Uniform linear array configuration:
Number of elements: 24
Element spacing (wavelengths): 1
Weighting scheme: hamming
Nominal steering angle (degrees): -15
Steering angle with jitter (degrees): -15.709
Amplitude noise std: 0.05
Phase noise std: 0.05

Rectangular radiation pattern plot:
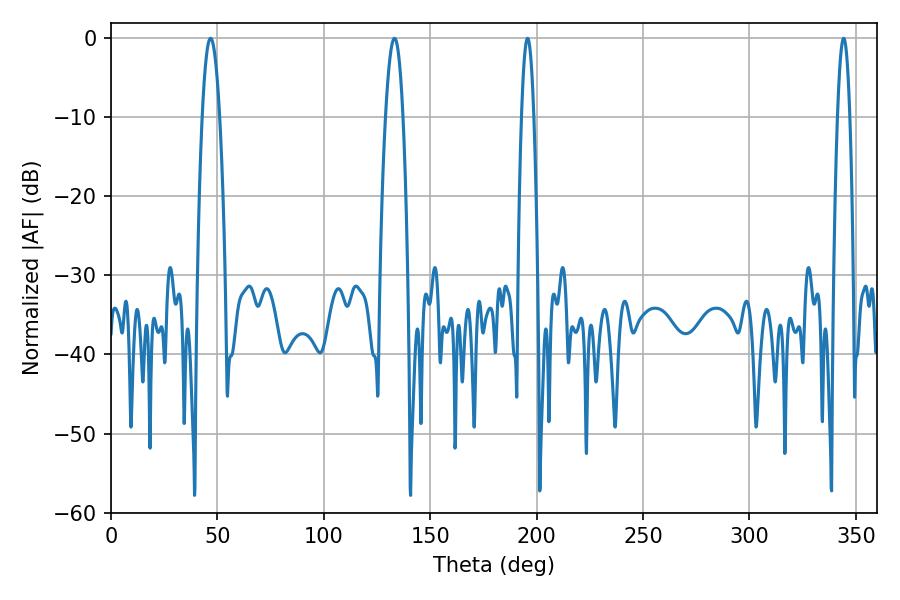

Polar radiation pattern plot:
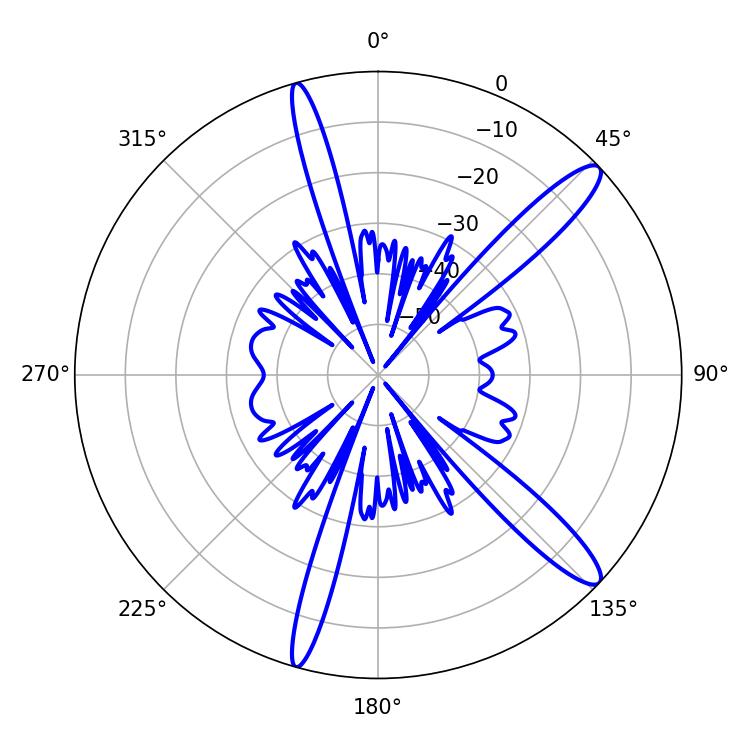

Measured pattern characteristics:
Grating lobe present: TRUE
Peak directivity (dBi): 13.394
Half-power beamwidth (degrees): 4.5
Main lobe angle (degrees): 46.8